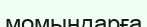
момындарға